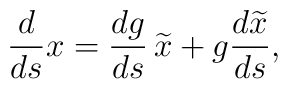
\frac{d}{ds} x	= 	\frac{dg}{ds} \, \widetilde{x}	+ g \frac{d \widetilde{x}}{ds},